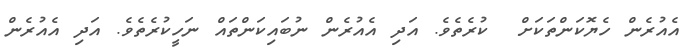
އެއުރެން ހެޔޮކަންތަކަށް  ކުރެތެވެ. އަދި އެއުރެން ނުބައިކަންތައް ނަހީކުރެތެވެ. އަދި އެއުރެން